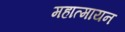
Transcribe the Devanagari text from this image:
महात्मायन